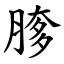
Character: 䐒